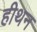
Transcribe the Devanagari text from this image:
हीथन